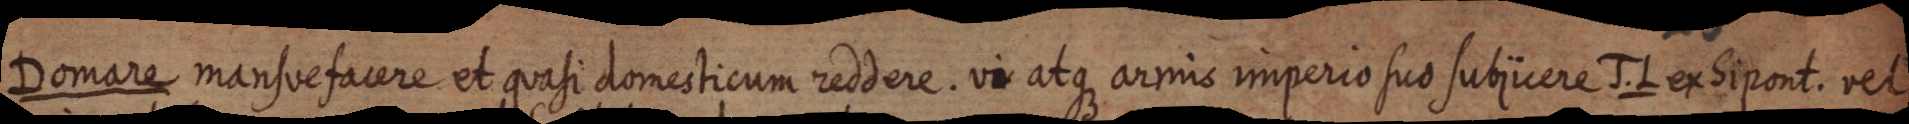
Domare mansve facere et quasi domesticum reddere. vi atque armis imperio suo subjicere J. L ex Sipont. vel